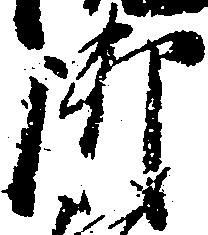
御